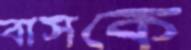
বাসকে